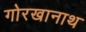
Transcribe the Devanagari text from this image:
गोरखानाथ